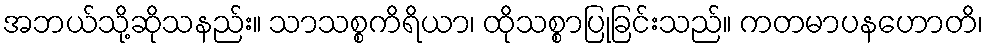
အဘယ်သို့ဆိုသနည်း။ သာသစ္စကိရိယာ၊ ထိုသစ္စာပြုခြင်းသည်။ ကတမာပနဟောတိ၊